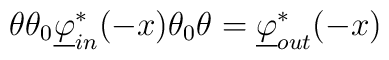
\theta\theta_0\underline\varphi_{in}^* (-x) \theta_0\theta = \underline\varphi^*_{out} (-x)